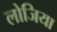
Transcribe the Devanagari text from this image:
लोजिया